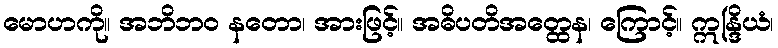
မောဟကို။ အဘိဘဝ နတော၊ အားဖြင့်။ အဓိပတိအတ္ထေန၊ ကြောင့်။ ဣန္ဒြိယံ၊